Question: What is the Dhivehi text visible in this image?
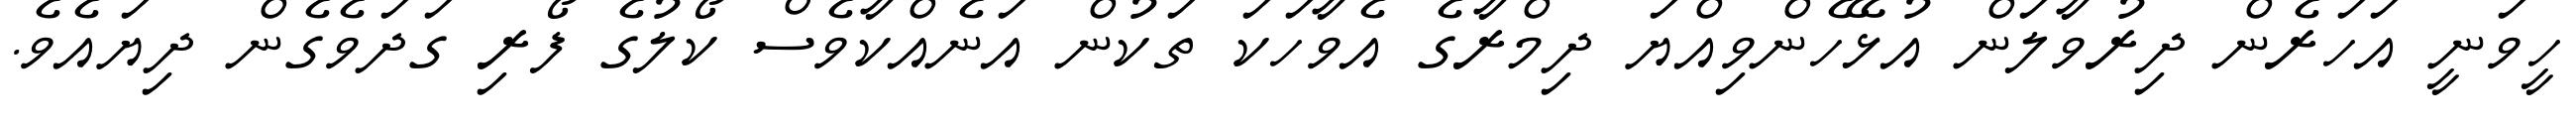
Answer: ހީވަނީ އަހަރެން ދިރުވާލަން އުޅޭހެންވިއްޔަ ދިމްރާގެ އެވާހަކަ ތަކުން އަނެއްކާވެސް ކޯލުގެ ފޯރި ގަދަވެގެން ދިޔައެވެ.